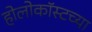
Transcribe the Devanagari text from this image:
होलोकॉस्टच्या